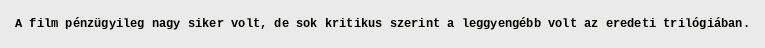
A film pénzügyileg nagy siker volt, de sok kritikus szerint a leggyengébb volt az eredeti trilógiában.